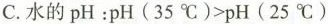
C.水的pH：$$p H ( 3 5 ℃ ) > p H ( 2 5 ℃ )$$